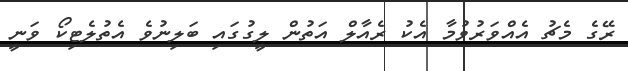
ރޭގެ މެޗު އެއްވަރުވުމާ އެކު ރެއާލް އަތުން ލީގުގައި ބަލިނުވެ އެތުލެޓިކޯ ވަނީ